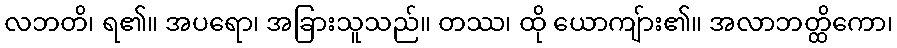
လဘတိ၊ ရ၏။ အပရော၊ အခြားသူသည်။ တဿ၊ ထို ယောကျ်ား၏။ အလာဘတ္ထိကော၊